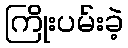
ကြိုးပမ်းခဲ့